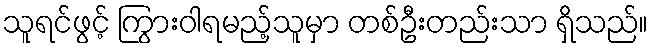
သူရင်ဖွင့် ကြွားဝါရမည့်သူမှာ တစ်ဦးတည်းသာ ရှိသည်။